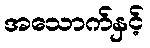
အသောက်နှင့်